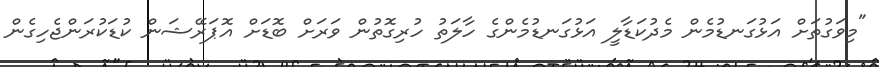
"މިވަގުތަށް އަޅުގަނޑުމެން މެދުކަޑާލީ އަޅުގަނޑުމެންގެ ހާލަތު ހުރިގޮތުން ވަރަށް ބޮޑަށް އޮޕަރޭޝަން ކުޑަކުރަންޖެހިގެން